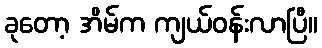
ခုတော့ အိမ်က ကျယ်ဝန်းလာပြီ။